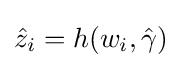
{\hat {z}}_{i}=h(w_{i},{\hat {\gamma }})